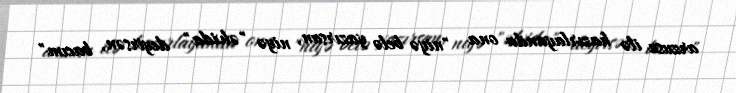
arzusu ilə hazırlayanda ona "niyə belə yazırsan, niyə "əlvida" deyirsən, bacım"